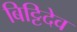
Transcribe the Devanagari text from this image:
बिट्टिदेव